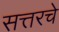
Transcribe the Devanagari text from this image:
सत्तरचे